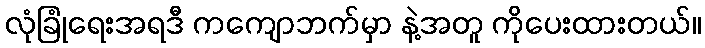
လုံခြုံရေးအရဒီ ကကျောဘက်မှာ နဲ့အတူ ကိုပေးထားတယ်။